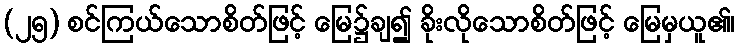
(၂၅) စင်ကြယ်သောစိတ်ဖြင့် မြေ၌ချ၍ ခိုးလိုသောစိတ်ဖြင့် မြေမှယူ၏၊